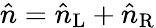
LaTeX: \hat{n}=\hat{n}_{\mathrm{L}}+\hat{n}_{\mathrm{R}}